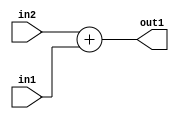
`timescale 1ps / 1ps
/*****************************************************************************
    Verilog RTL Description
    
    
    Created by: Stratus DpOpt 21.05.01 
*******************************************************************************/

module dut_Add_32Ux6U_32U_4 (
	in2,
	in1,
	out1
	); /* architecture "behavioural" */ 
input [31:0] in2;
input [5:0] in1;
output [31:0] out1;
wire [31:0] asc001;

assign asc001 = 
	+(in2)
	+(in1);

assign out1 = asc001;
endmodule

/* CADENCE  ubD0SAA= : u9/ySxbfrwZIxEzHVQQV8Q== ** DO NOT EDIT THIS LINE ******/